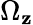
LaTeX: \Omega_{\mathbf{z}}